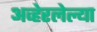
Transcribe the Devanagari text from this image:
अव्हेरलेल्या